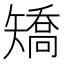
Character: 矯